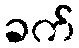
ခက်